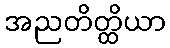
အညတိတ္ထိယာ